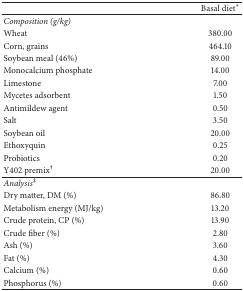
<table><thead><tr><td><b> </b></td><td><b>Basal diet<sup><i>∗</i></sup></b></td></tr></thead><tbody><tr><td><i>Composition (g/kg) </i></td><td> </td></tr><tr><td>Wheat</td><td>380.00</td></tr><tr><td>Corn, grains</td><td>464.10 </td></tr><tr><td>Soybean meal (46%) </td><td>89.00</td></tr><tr><td>Monocalcium phosphate </td><td>14.00</td></tr><tr><td>Limestone</td><td>7.00</td></tr><tr><td>Mycetes adsorbent </td><td>1.50 </td></tr><tr><td>Antimildew agent </td><td>0.50 </td></tr><tr><td>Salt</td><td>3.50 </td></tr><tr><td>Soybean oil</td><td>20.00</td></tr><tr><td>Ethoxyquin</td><td>0.25</td></tr><tr><td>Probiotics</td><td>0.20</td></tr><tr><td>Y402 premix<sup>†</sup></td><td>20.00</td></tr><tr><td><i>Analysis</i><sup>‡</sup></td><td> </td></tr><tr><td>Dry matter, DM (%)</td><td>86.80</td></tr><tr><td>Metabolism energy (MJ/kg)</td><td>13.20 </td></tr><tr><td>Crude protein, CP (%)</td><td>13.90</td></tr><tr><td>Crude fiber (%)</td><td>2.80 </td></tr><tr><td>Ash (%)</td><td>3.60</td></tr><tr><td>Fat (%)</td><td>4.30</td></tr><tr><td>Calcium (%)</td><td>0.60</td></tr><tr><td>Phosphorus (%)</td><td>0.60</td></tr></tbody></table>